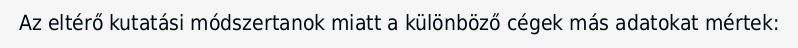
Az eltérő kutatási módszertanok miatt a különböző cégek más adatokat mértek: